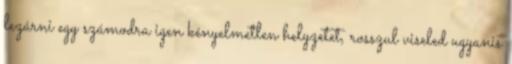
lezárni egy számodra igen kényelmetlen helyzetet, rosszul viseled ugyanis